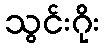
သွင်းဂိုး